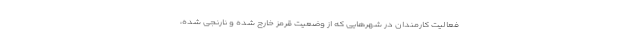
فعالیت کارمندان در شهر‌هایی که از وضعیت قرمز خارج شده و نارنجی شده،